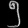
Digit: ၅